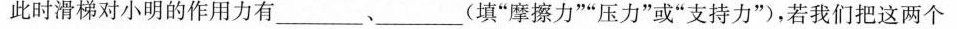
此时滑梯对小明的作用力有___、___(填“摩擦力”“压力”或“支持力”)，若我们把这两个